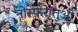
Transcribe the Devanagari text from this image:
नोस्फेरातुओं